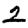
Digit: 2